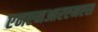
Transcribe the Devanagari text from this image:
एनएनआरएमएस